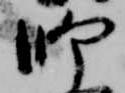
師